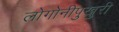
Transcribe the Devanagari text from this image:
लोगोनीपुखुरी